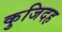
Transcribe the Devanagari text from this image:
कुजिदह